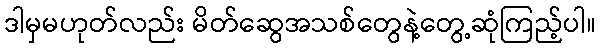
ဒါမှမဟုတ်လည်း မိတ်ဆွေအသစ်တွေနဲ့တွေ့ဆုံကြည့်ပါ။